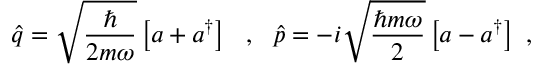
\hat { q } = \sqrt { \frac { \hbar } { 2 m \omega } } \left[ a + a ^ { \dagger } \right] \ \ , \ \ \hat { p } = - i \sqrt { \frac { \hbar m \omega } { 2 } } \left[ a - a ^ { \dagger } \right] \ ,